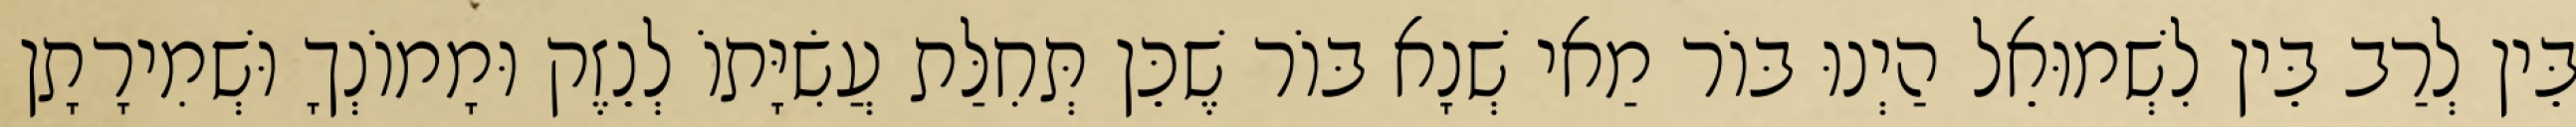
בֵּין לְרַב בֵּין לִשְׁמוּאֵל הַיְנוּ בּוֹר מַאי שְׁנָא בּוֹר שֶׁכֵּן תְּחִלַּת עֲשִׂיָּתוֹ לְנֵזֶק וּמָמוֹנְךָ וּשְׁמִירָתָן